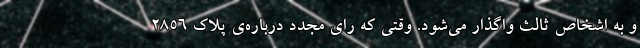
و به اشخاص ثالث واگذار می‌شود. وقتی که رای مجدد درباره‌ی پلاک ۲۸۵۶